Annual report of the Punjab Veterinary College and of the Civil Veterinary Department, Punjab - 1920-1925
Year: 1920
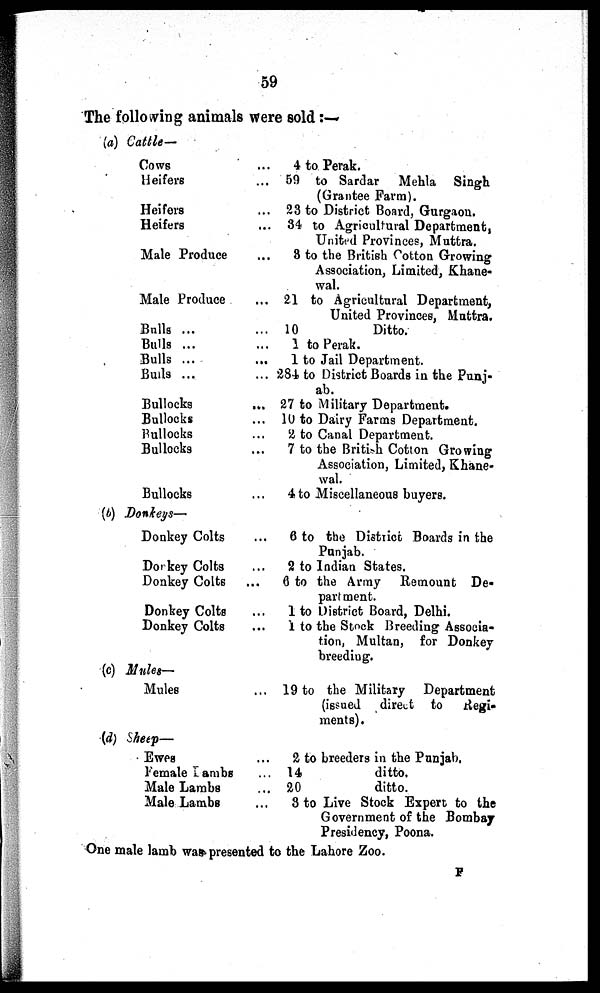
59
The following animals were sold : —
(a) Cattle—
Cows
Heifers
Heifers
Heifers
Male Produce
Male Produce
Bulls ...
Bulls ...
Bulls ...
Bulls ...
Bullocks
Bullocks
Bullocks
Bullocks
Bullocks
...
...
...
...
...
...
...
...
...
...
ab.
...
...
...
...
...
4 to Perak.
59 to Sardar
Mehla Singh
(Grantee Farm).
23 to District Board, Gurgaon.
34 to Agricultural Department,
United Provinces, Muttra.
8 to the British Cotton Growing
Association, Limited, Khane-
wal.
21 to Agricultural Department,
United Provinces, Muttra.
10
Ditto.
1 to Perak.
1 to Jail Department.
284 to District Boards in the Punj-
27 to Military Department.
10 to Dairy Farms Department.
2 to Canal Department.
7 to the British Cotton Growing
Association, Limited, Khane-
wal.
4 to Miscellaneous buyers.
(b) Donkeys—
Donkey Colts
Dorkey Colts
Donkey Colts
Donkey Colts
Donkey Colts
...
...
...
...
...
6 to the District Boards in the
Punjab.
2 to Indian States.
6 to the Army Remount De-
partment.
1 to District Board, Delhi.
1 to the Stock Breeding Associa-
tion, Multan, for Donkey
breeding.
(c) Mules—
Mules
... 19 to the Military
Department
(issued direct to
Regi-
ments).
(d) Sheep—
Ewes
Female Lambs
Male Lambs
Male Lambs
...
...
...
... 3
2 to breeders in the Punjab.
14
ditto.
20
ditto.
to Live Stock Expert to the
Government of the Bombay
Presidency, Poona.
One male lamb was presented to the Lahore Zoo.
F